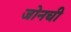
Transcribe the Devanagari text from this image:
जोनची